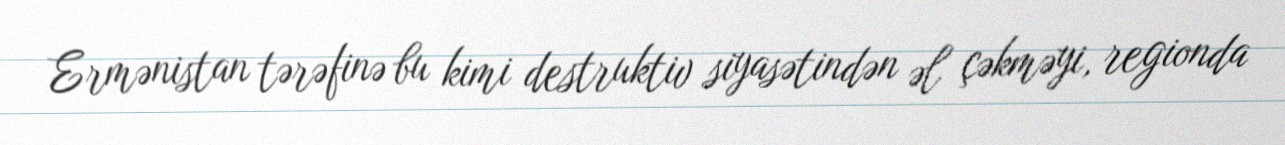
Ermənistan tərəfinə bu kimi destruktiv siyasətindən əl çəkməyi, regionda